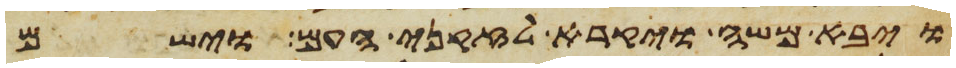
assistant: ויבא משה ויקרא לזקני העם וישם